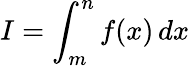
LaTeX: I=\int_{m}^{n}f(x)\, dx